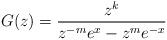
LaTeX: \begin{gather*}G(z)={z^{k}\over z^{-m}e^{x} - z^{m}e^{-x}}\end{gather*}